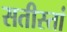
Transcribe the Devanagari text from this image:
सतीस्तां